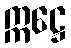
ဣဋ္ဌေ